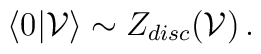
\langle 0|{\cal V}\rangle \sim Z_{disc} ({\cal V}) \, .